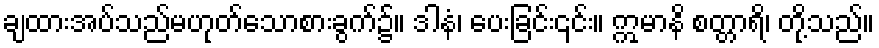
ချထားအပ်သည်မဟုတ်သောစားခွက်၌။ ဒါနံ၊ ပေးခြင်း၎င်း။ ဣမာနိ စတ္တာရိ၊ တို့သည်။